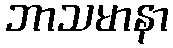
ဘာသမာနာ